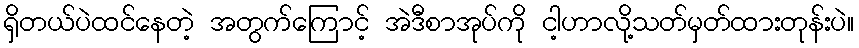
ရှိတယ်ပဲထင်နေတဲ့ အတွက်ကြောင့် အဲဒီစာအုပ်ကို ငါ့ဟာလို့သတ်မှတ်ထားတုန်းပဲ။